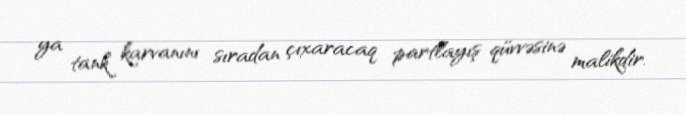
ya tank karvanını sıradan çıxaracaq partlayış qüvvəsinə malikdir.